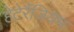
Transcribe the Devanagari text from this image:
हेटेरैंजियम